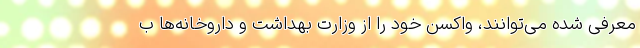
معرفی شده می‌توانند، واکسن خود را از وزارت بهداشت و داروخانه‌ها ب